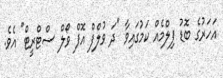
އަހަރުގެ ބޮޑު ފިލްމެއް ކަމުގައިވާ "ދަ ވުލްފް އޮފް ވޯލް ސްޓްރީޓް" އެވެ.